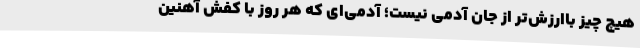
هیچ چیز باارزش‌تر از جان آدمی نیست؛ آدمی‌ای که هر روز با کفش آهنین